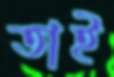
তাই